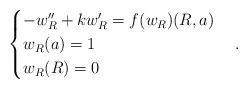
LaTeX: \begin{align*}\begin{cases}-w_R'' + k w_R' = f(w_R) (R,a) \\w_R(a) =1 \\w_R(R) =0\end{cases} .\end{align*}